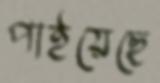
পাইয়েছে